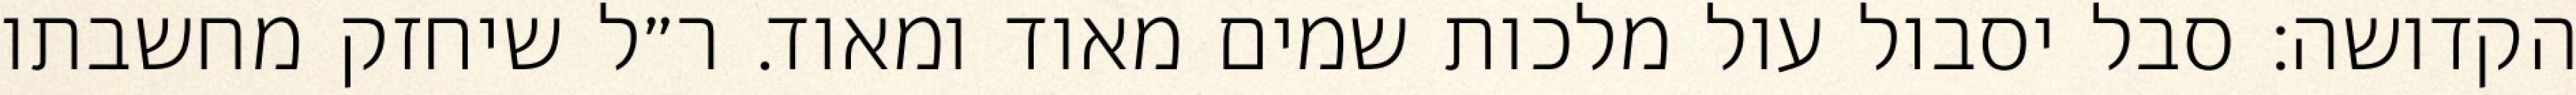
הקדושה: סבל יסבול עול מלכות שמים מאוד ומאוד. ר״ל שיחזק מחשבתו